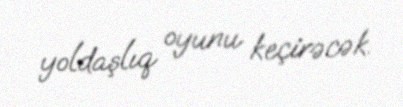
yoldaşlıq oyunu keçirəcək.